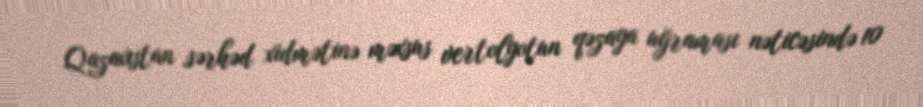
Qazaxıstan sərhəd xidmətinə məxsus vertolyotun qəzaya uğraması nəticəsində 10